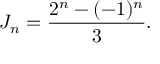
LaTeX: J _ { n } = { \frac { 2 ^ { n } - ( - 1 ) ^ { n } } { 3 } } .